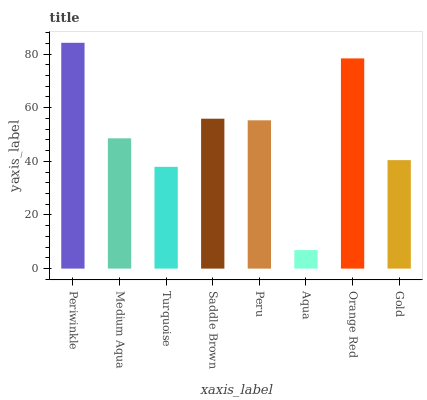
| xaxis_label | bars |
 | --- | --- |
 | Periwinkle | 84.2 |
 | Medium Aqua | 48.6 |
 | Turquoise | 38 |
 | Saddle Brown | 55.9 |
 | Peru | 55.3 |
 | Aqua | 6.91 |
 | Orange Red | 78.4 |
 | Gold | 40.4 |